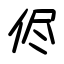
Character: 侭